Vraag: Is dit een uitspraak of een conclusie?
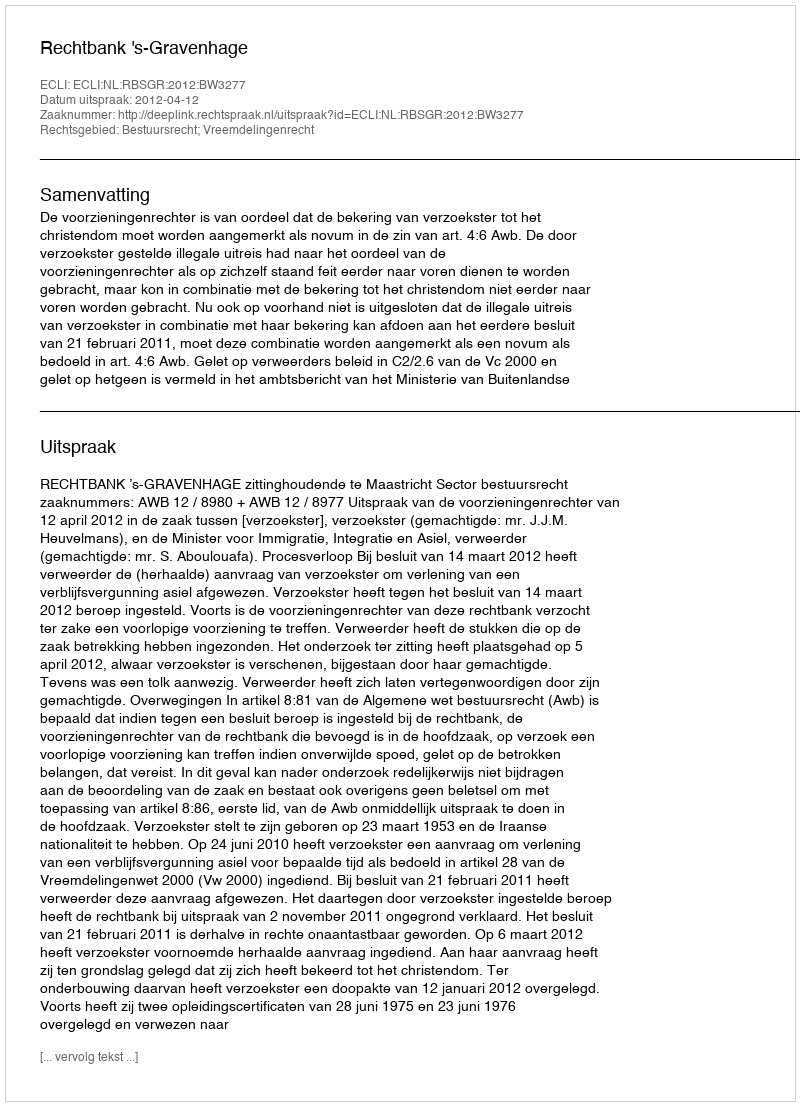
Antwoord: Uitspraak